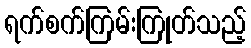
ရက်စက်ကြမ်းကြုတ်သည့်